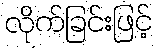
လိုက်ခြင်းဖြင့်